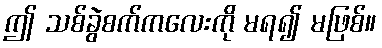
ဤ သစ်ခွဲစက်ကလေးကို မရ၍ မဖြစ်။